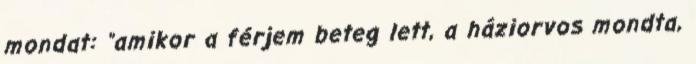
mondat: "amikor a férjem beteg lett, a háziorvos mondta,